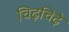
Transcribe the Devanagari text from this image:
चिढ़चिढ़े